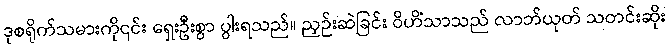
ဒုစရိုက်သမားကို၎င်း ရှေးဦးစွာ ပွါးရသည်။ ညှဉ်းဆဲခြင်း ဝိဟိံသာသည် လာဘ်ယုတ် သတင်းဆိုး